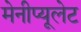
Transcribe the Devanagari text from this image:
मेनीप्यूलेट